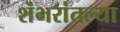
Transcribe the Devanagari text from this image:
शंभरांतल्या